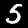
Label: 5